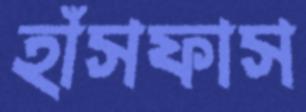
হাঁসফাস